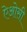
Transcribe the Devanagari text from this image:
ऐओसी